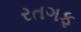
રતગફ